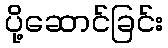
ပို့ဆောင်ခြင်း